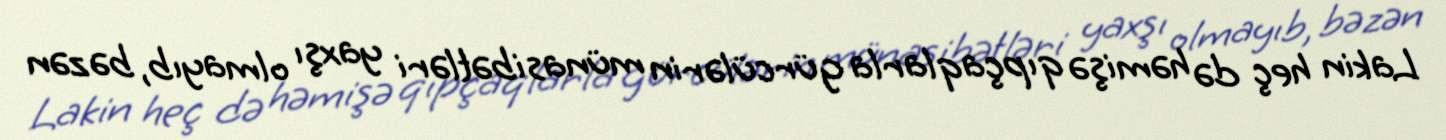
Lakin heç də həmişə qıpçaqlarla gürcülərin münasibətləri yaxşı olmayıb, bəzən